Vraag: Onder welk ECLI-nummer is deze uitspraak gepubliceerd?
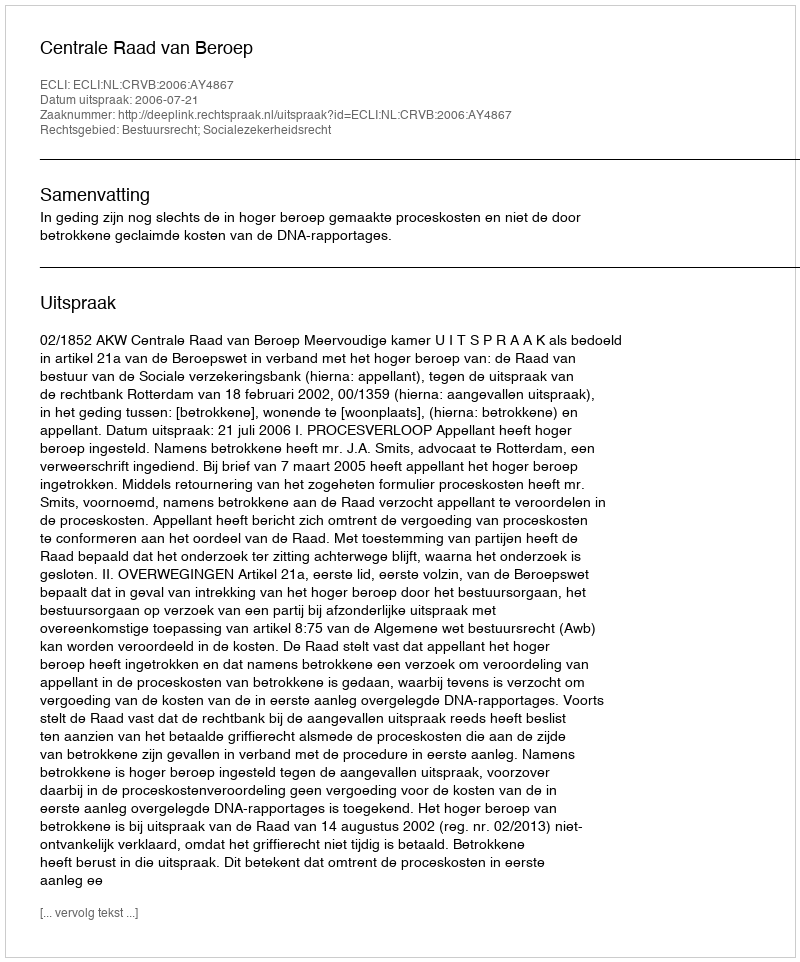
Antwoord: ECLI:NL:CRVB:2006:AY4867